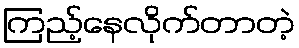
ကြည့်နေလိုက်တာတဲ့